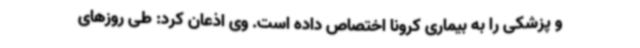
و پزشکی را به بیماری کرونا اختصاص داده است. وی اذعان کرد: طی روزهای